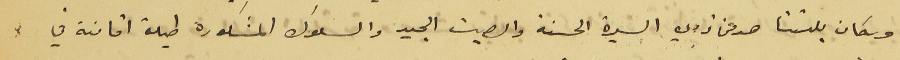
وسكان بلدتنا هو من ذوي السيرة الحسنة والصيت الجيد والسلوك المشكورة طيلة اقامتة في